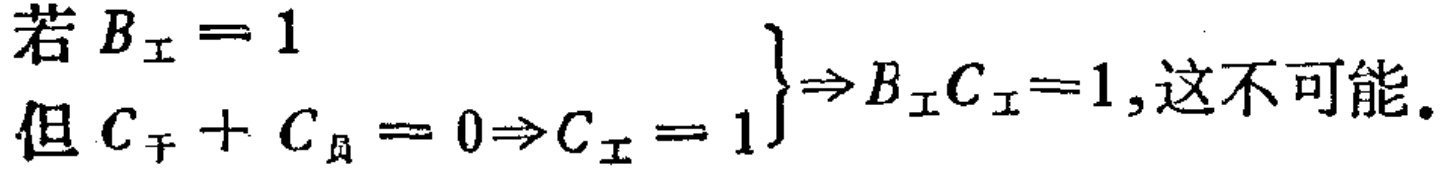
若 \(B_{工}=1\)

但 \(C_{干}+C_{员}=0\Rightarrow C_{工}=1\) \(\}\Rightarrow B_{工}C_{工}=1\),这不可能.